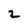
Character: 2